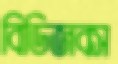
বিডিজবস